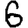
Digit: 6